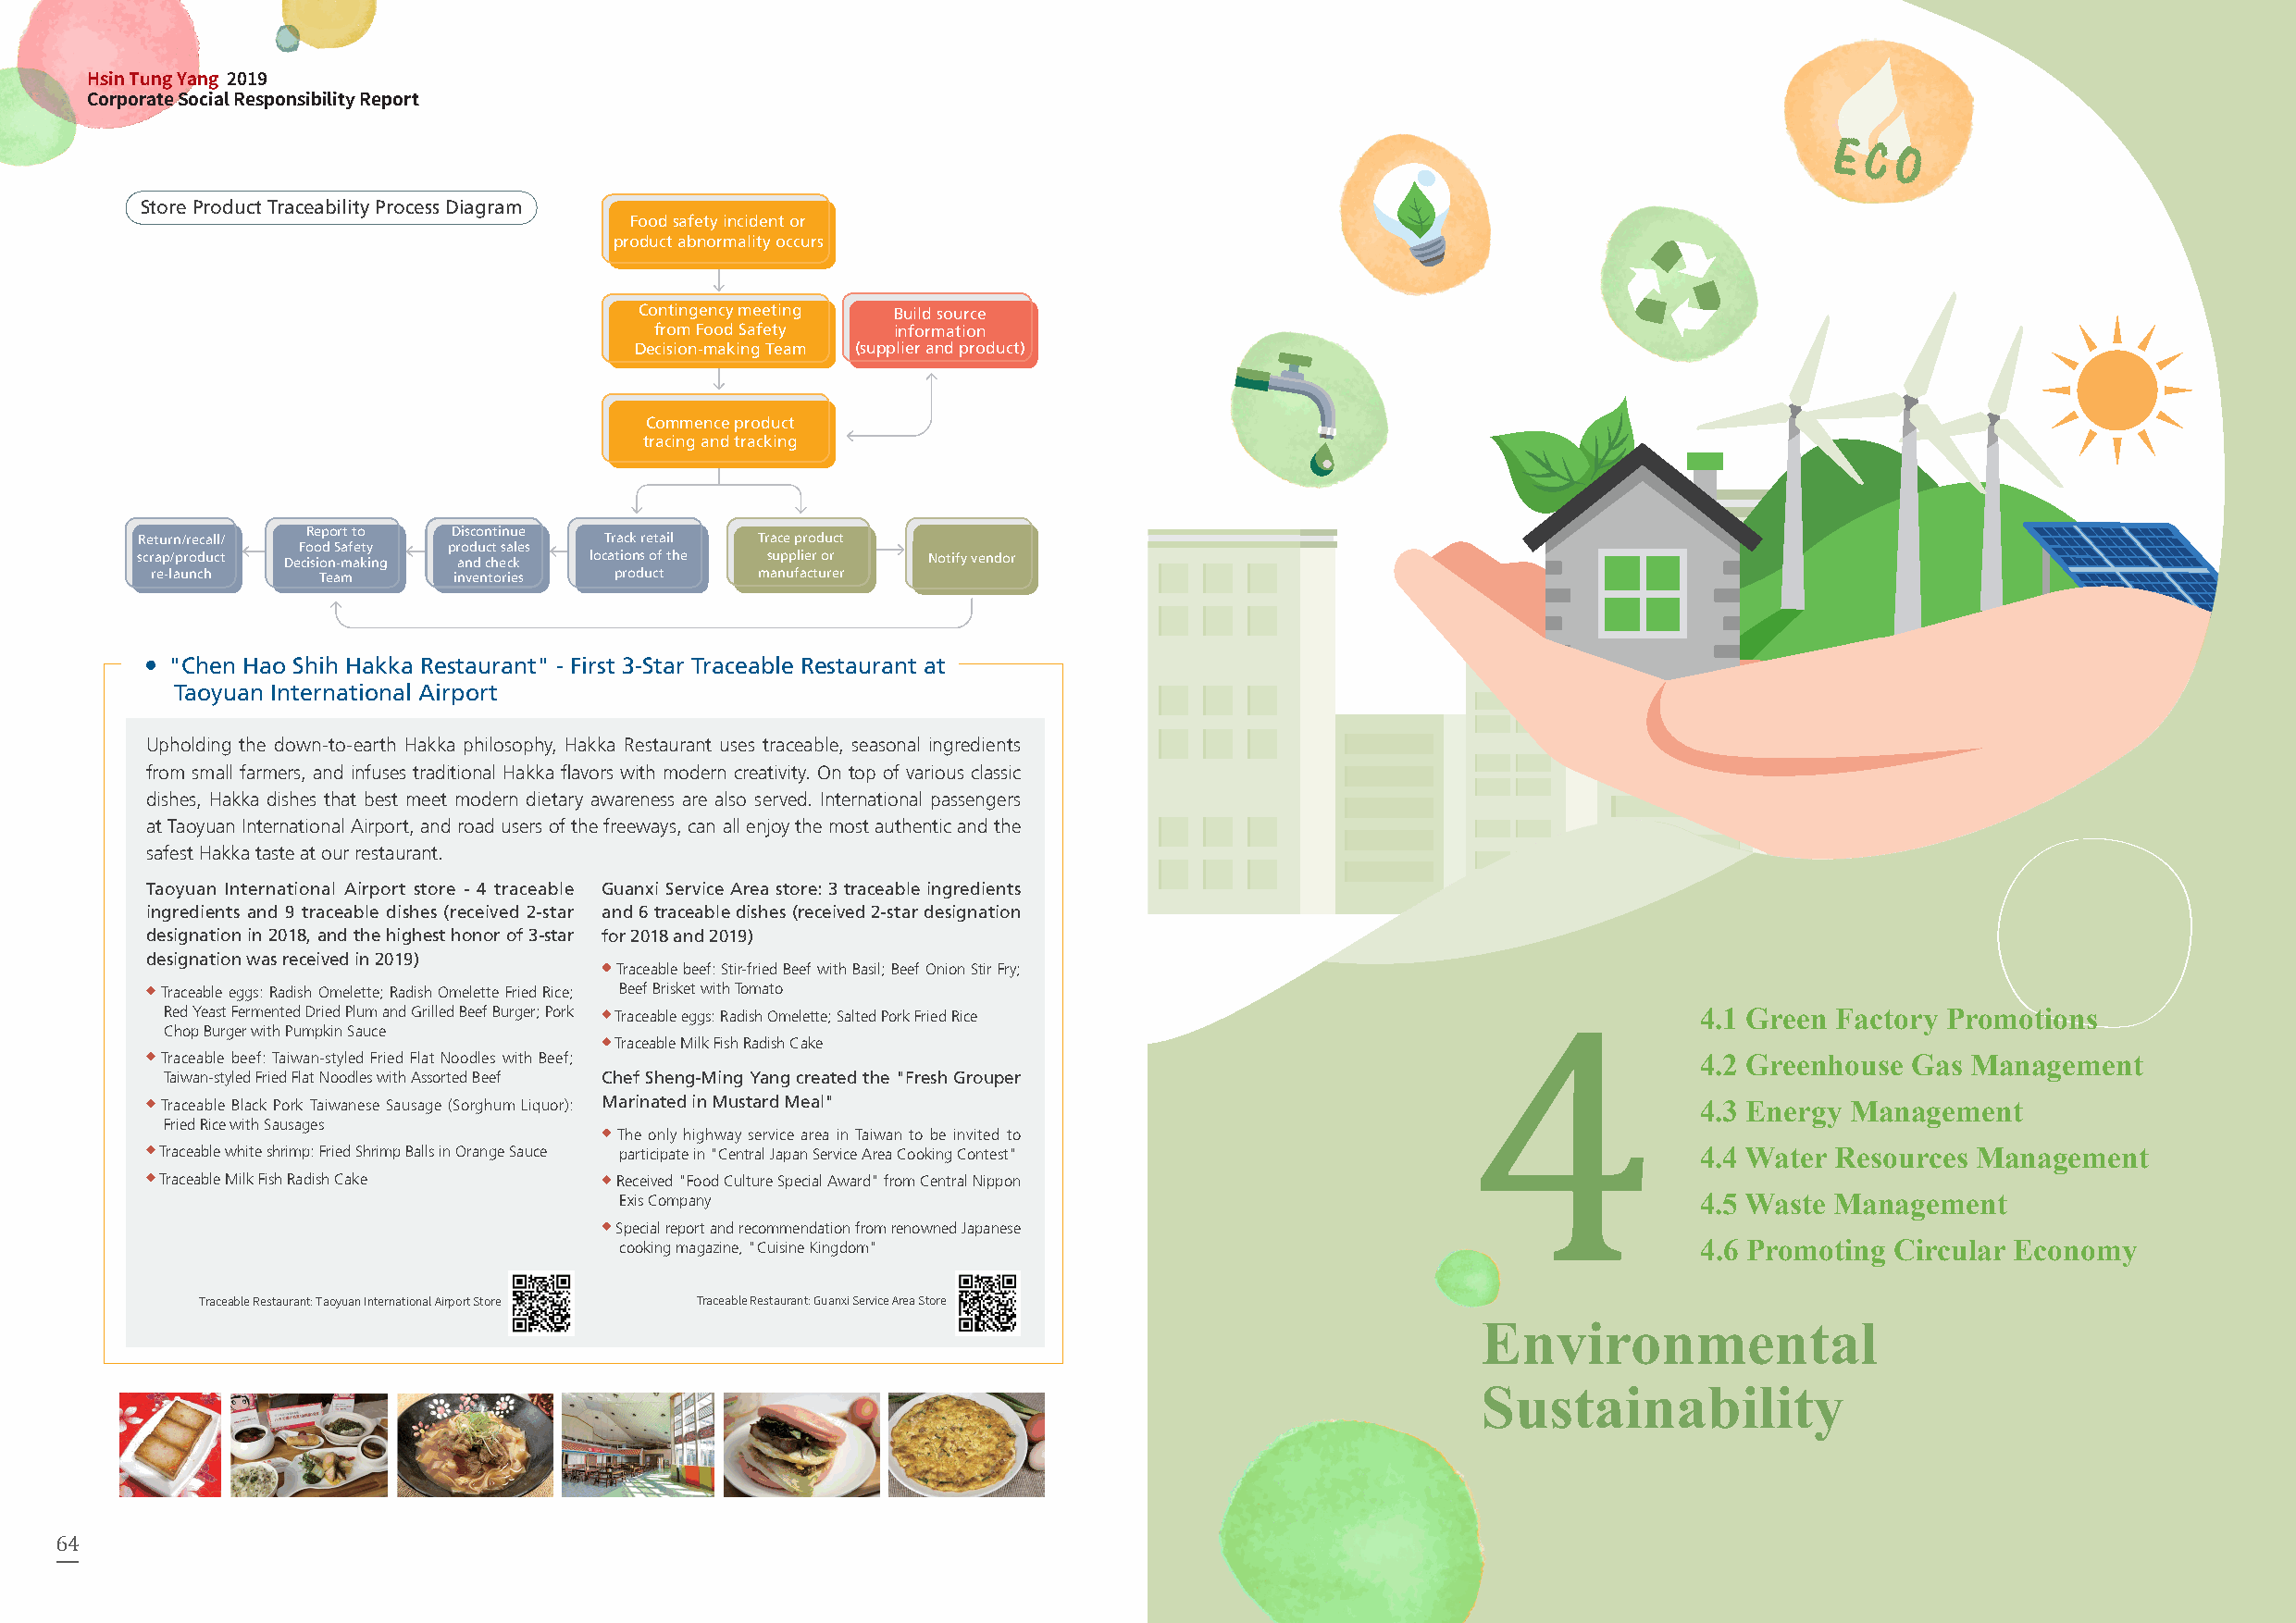
Sustainable      Product and
 Hsin Tung Yang 2019                                                                                  Corporate       Environmental Employee Care and
 Corporate Social Responsibility Report                                           Executive's Words 1 D Me av ne alo gp em me en nt t 22 Governance 3 S Se ur sv taic ie n ability 4 Sustainability 5 Social Engagement
 Store Product Traceability Process Diagram
 Food safety incident or
 product abnormality occurs
 Contingency meeting Build source
 from Food Safety information
 Decision-making Team (supplier and product)
 Commence product
 tracing and tracking
 Report to Discontinue
 Return/recall/                   Track retail Trace product
 Food Safety product sales
 scrap/product Decision-making and check locations of the supplier or Notify vendor
 re-launch   Team     inventories product   manufacturer
 "Chen Hao Shih Hakka Restaurant" - First 3-Star Traceable Restaurant at
 Taoyuan International Airport
 Upholding the down-to-earth Hakka philosophy, Hakka Restaurant uses traceable, seasonal ingredients
 from small farmers, and infuses traditional Hakka flavors with modern creativity. On top of various classic
 dishes, Hakka dishes that best meet modern dietary awareness are also served. International passengers
 at Taoyuan International Airport, and road users of the freeways, can all enjoy the most authentic and the
 safest Hakka taste at our restaurant.
 Taoyuan International Airport store - 4 traceable Guanxi Service Area store: 3 traceable ingredients
 ingredients and 9 traceable dishes (received 2-star and 6 traceable dishes (received 2-star designation
 designation in 2018, and the highest honor of 3-star for 2018 and 2019)
 designation was received in 2019)
 Traceable beef: Stir-fried Beef with Basil; Beef Onion Stir Fry;
 Traceable eggs: Radish Omelette; Radish Omelette Fried Rice; Beef Brisket with Tomato
 Red Yeast Fermented Dried Plum and Grilled Beef Burger; Pork Traceable eggs: Radish Omelette; Salted Pork Fried Rice 4.1 Green Factory Promotions
 Chop Burger with Pumpkin Sauce
 Traceable Milk Fish Radish Cake
 Traceable beef: Taiwan-styled Fried Flat Noodles with Beef;                                                   4.2 Greenhouse Gas Management
 Taiwan-styled Fried Flat Noodles with Assorted Beef Chef Sheng-Ming Yang created the "Fresh Grouper
 Traceable Black Pork Taiwanese Sausage (Sorghum Liquor): Marinated in Mustard Meal"                           4.3 Energy Management
 Fried Rice with Sausages
 The only highway service area in Taiwan to be invited to
 Traceable white shrimp: Fried Shrimp Balls in Orange Sauce participate in "Central Japan Service Area Cooking Contest" 4.4 Water Resources Management
 Traceable Milk Fish Radish Cake  Received "Food Culture Special Award" from Central Nippon
 Exis Company                                                                  4.5 Waste Management
 Special report and recommendation from renowned Japanese
 cooking magazine, "Cuisine Kingdom"                                           4.6 Promoting Circular Economy
 Traceable Restaurant: Taoyuan International Airport Store Traceable Restaurant: Guanxi Service Area Store
 Environmental
 Sustainability
 64                                                                                                                                                        65